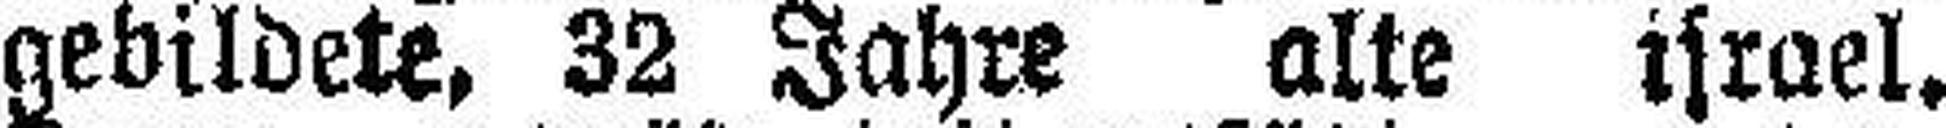
gebildete, 32 Jahre alte israel.